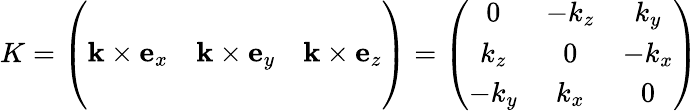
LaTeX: K=\left(\begin{array}{ccc}{\phantom{a}}\\ {\mathbf k\times\mathbf e_{x}}&{\mathbf k\times\mathbf e_{y}}&{\mathbf k\times\mathbf e_{z}}\\ {\phantom{m}}\end{array}\right)=\left(\begin{array}{ccc}{0}&{-k_{z}}&{k_{y}}\\ {k_{z}}&{0}&{-k_{x}}\\ {-k_{y}}&{k_{x}}&{0}\end{array}\right)